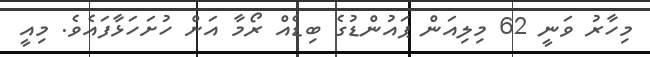
މިހާރު ވަނީ 62 މިލިއަން ޕައުންޑުގެ ބިޑެއް ރޯމާ އަށް ހުށަހަޅާފައެވެ. މިއީ